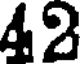
42